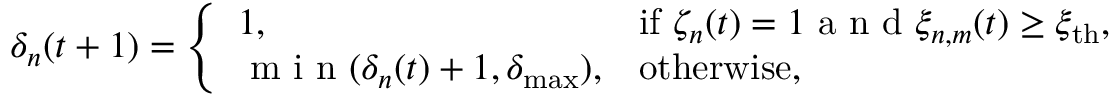
\delta _ { n } ( t + 1 ) = \left\{ \begin{array} { l l } { 1 , } & { \mathrm { i f ~ } \zeta _ { n } ( t ) = 1 \textrm { a n d \ensuremath { \xi _ { n , m } ( t ) \geq \xi _ { \mathrm { t h } } , } } } \\ { \textrm { m i n } ( \delta _ { n } ( t ) + 1 , \delta _ { \operatorname* { m a x } } ) , } & { \mathrm { o t h e r w i s e } , } \end{array} \right.